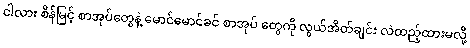
ငါလား စိန်မြင့် စာအုပ်တွေနဲ့ မောင်မောင်ခင် စာအုပ် တွေကို လွယ်အိတ်ချင်း လဲထည့်ထားမလို့